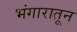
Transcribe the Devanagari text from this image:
भंगारातून